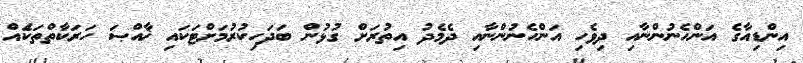
އިންޑިއާގެ އަންހެނުންނާއި ދިވެހި އަންހެނުންނާއި ދެމެދު އިތުރަށް ގުޅުން ބަދަހިކުރުމަށްޓަކައި ޚާއްޞަ ހަރަކާތްތަކަެއް